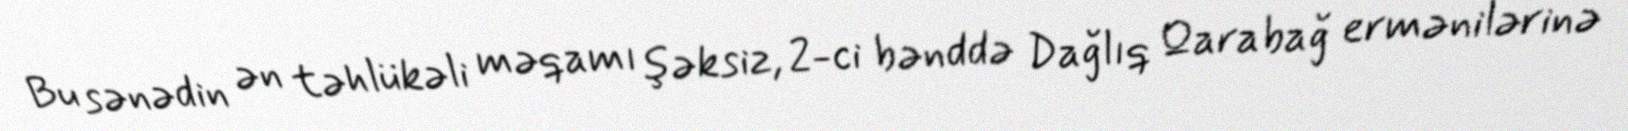
Bu sənədin ən təhlükəli məqamı şəksiz, 2-ci bənddə Dağlıq Qarabağ ermənilərinə